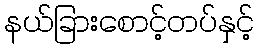
နယ်ခြားစောင့်တပ်နှင့်